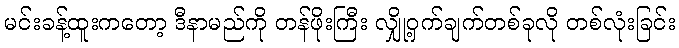
မင်းခန့်ထူးကတော့ ဒီနာမည်ကို တန်ဖိုးကြီး လျှို့ဝှက်ချက်တစ်ခုလို တစ်လုံးခြင်း